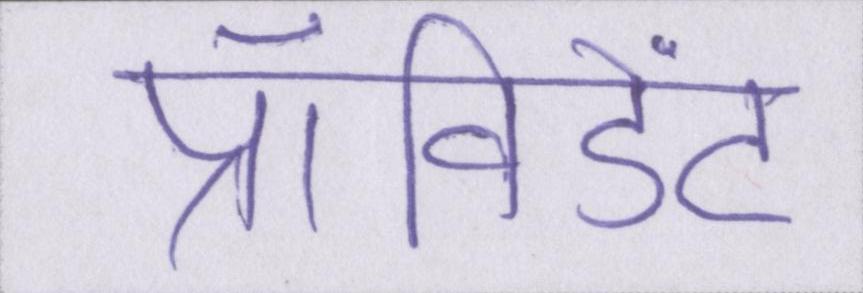
प्रॉविडेंट